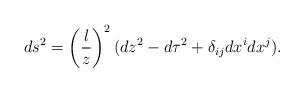
LaTeX: \begin{align*}ds^2=\left(\frac{l}{z} \right)^2 (dz^2 -d \tau^2 +\delta_{ij}dx^i dx^j).\end{align*}